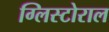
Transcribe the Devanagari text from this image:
ग्लिस्टोराल